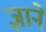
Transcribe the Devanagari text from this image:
ज्ञाने